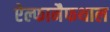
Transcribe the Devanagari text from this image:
ऐल्फानैफथाल